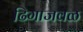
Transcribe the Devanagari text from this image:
ढिगाजवळ